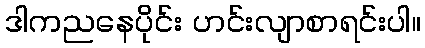
ဒါကညနေပိုင်း ဟင်းလျာစာရင်းပါ။